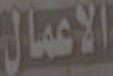
الاعمال